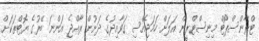
ޓްރާންސްޕޯޓް މިނިސްޓްރީން އަލަށް ހަމަޖެއްސި ގަވާއިދުގެ ދަށުން ރާއްޖެ އަންނަ ބޭރުގެ ޔޮޓްތަކަށް